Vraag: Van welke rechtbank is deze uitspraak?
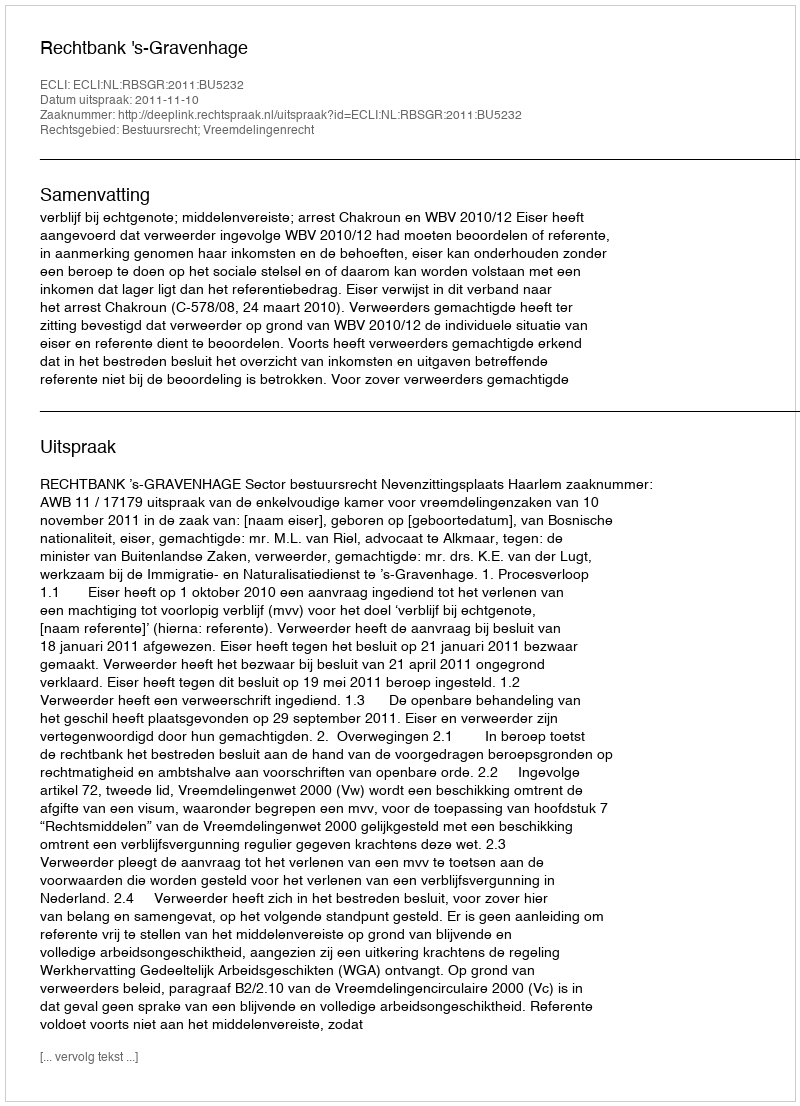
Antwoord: Rechtbank 's-Gravenhage